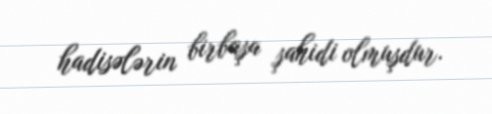
hadisələrin birbaşa şahidi olmuşdur.